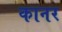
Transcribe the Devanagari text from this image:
कानर